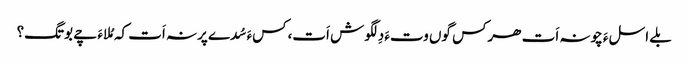
بلے اسلءَ چونہ اَت ھرکس گوں وتءَ دِلگوش اَت،کسءَ سُدے پرنہ اَت کہ مُلاءَ چے بوتگ؟